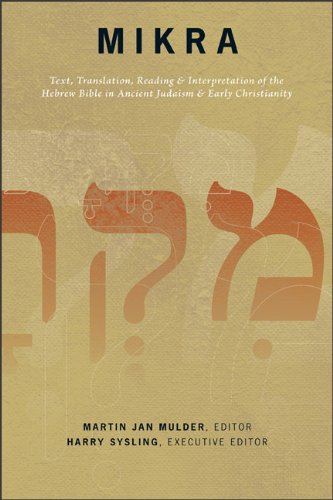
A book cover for Mikra: Text, Translation, Reading, and Interpretation of the Hebrew Bible in Ancient Judaism and Early Christianity; Christian Books & Bibles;